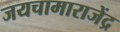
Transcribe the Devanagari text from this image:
जयचामाराजेंद्र